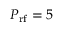
P _ { \mathrm { r f } } = 5